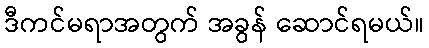
ဒီကင်မရာအတွက် အခွန် ဆောင်ရမယ်။